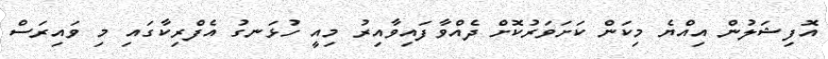
އޮފިޝަލުން އިއްޔެ މިކަން ކަށަވަރުކޮށް ދެއްވާފައިވާއިރު މިއީ ހުޅަނގު އެފްރިކާގައި މި ވައިރަސް